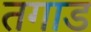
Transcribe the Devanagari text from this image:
तगाड